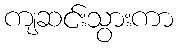
ကျဆင်းသွားကာ